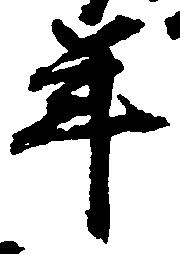
年